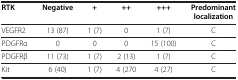
| RTK | Negative | + | ++ | +++ | Predominant localization |
 | --- | --- | --- | --- | --- | --- |
 | VEGFR2 | 13 (87) | 1 (7) | 0 | 1 (7) | C |
 | PDGFRα | 0 | 0 | 0 | 15 (100) | C |
 | PDGFRβ | 11 (73) | 1 (7) | 2 (13) | 1 (7) | C |
 | Kit | 6 (40) | 1 (7) | 4 (270 | 4 (27) | C |